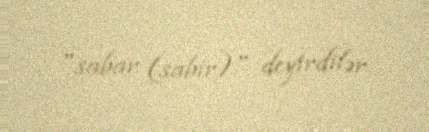
"sabar (sabir)" deyirdilər.